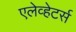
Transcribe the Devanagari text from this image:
एलेव्हेटर्स